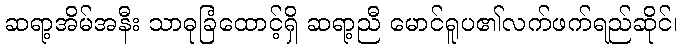
ဆရာ့အိမ်အနီး သာဓုခြံထောင့်ရှိ ဆရာ့ညီ မောင်ရူပ၏လက်ဖက်ရည်ဆိုင်၊